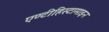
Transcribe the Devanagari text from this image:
एण्टीहिस्टामाइन